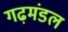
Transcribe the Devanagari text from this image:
गढ़मंडल